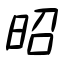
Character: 昭